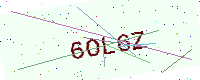
Text: 6OL6Z